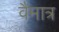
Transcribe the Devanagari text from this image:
वैमात्र